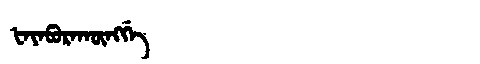
Manchu: ᡶᠠᠶᠠᠪᡠᡵᠠᡴᡡᠩᡤᡝ
Romanization: FAYABURAKŪNGGE